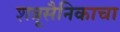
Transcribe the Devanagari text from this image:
शत्रूसैनिकाचा